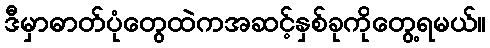
ဒီမှာဓာတ်ပုံတွေထဲကအဆင့်နှစ်ခုကိုတွေ့ရမယ်။